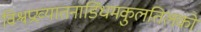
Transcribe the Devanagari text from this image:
विश्वप्रख्यातनाडिंधमकुलतिलको